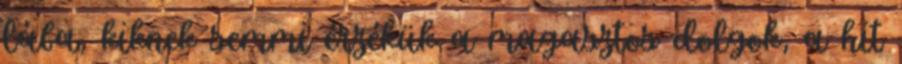
lába, kiknek semmi érzékük a magasztos dolgok, a hit